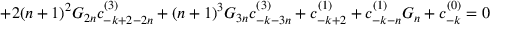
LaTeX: + 2 ( n + 1 ) ^ { 2 } G _ { 2 n } c _ { - k + 2 - 2 n } ^ { ( 3 ) } + ( n + 1 ) ^ { 3 } G _ { 3 n } c _ { - k - 3 n } ^ { ( 3 ) } + c _ { - k + 2 } ^ { ( 1 ) } + c _ { - k - n } ^ { ( 1 ) } G _ { n } + c _ { - k } ^ { ( 0 ) } = 0